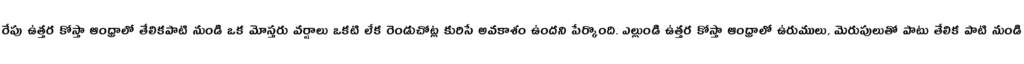
రేపు ఉత్తర కోస్తా ఆంధ్రాలో తేలికపాటి నుండి ఒక మోస్తరు వర్షాలు ఒకటి లేక రెండుచోట్ల కురిసే అవకాశం ఉందని పేర్కొంది. ఎల్లుండి ఉత్తర కోస్తా ఆంధ్రాలో ఉరుములు, మెరుపులుతో పాటు తేలిక పాటి నుండి